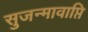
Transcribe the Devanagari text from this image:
सुजन्मावाप्ति